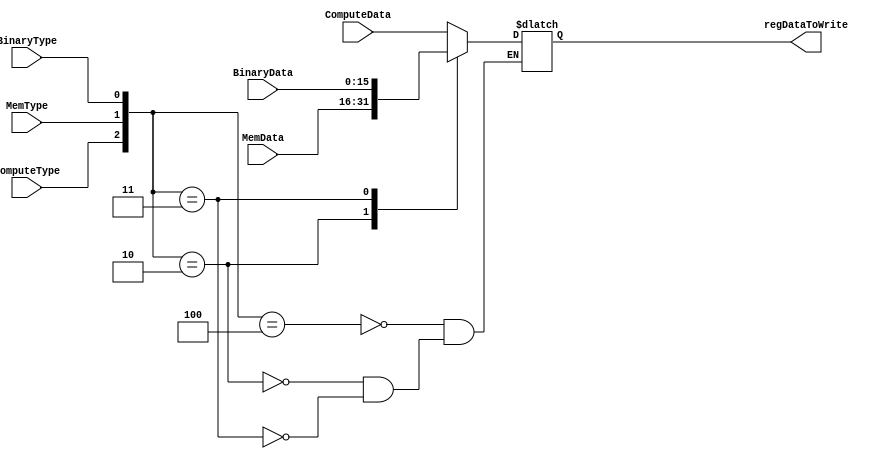
module selectRegData(ComputeType, MemType, BinaryType, ComputeData, MemData, BinaryData, regDataToWrite);
    input ComputeType, MemType, BinaryType;
    input [15:0] ComputeData, MemData, BinaryData;
    output reg [15:0] regDataToWrite;

    // internal
    reg error;
    reg[2:0] combinedVector;

    // always #20 $monitor("CombinedVec: %b, BinaryData: %b", combinedVector, BinaryData);

    always @(ComputeType, MemType, BinaryType, ComputeData, MemData, BinaryData) begin
        combinedVector = {ComputeType, MemType, BinaryType};
        case (combinedVector)
            // Compute
            3'b100: begin
                regDataToWrite = ComputeData;
                error = 0;
            end
            // pure mem
            3'b010: begin
                regDataToWrite = MemData;
                error = 0;
            end
            // LLB/LUB
            3'b011: begin
                regDataToWrite = BinaryData;
                error = 0;
            end
            default: error=1; // Default case 
        endcase
    end

endmodule